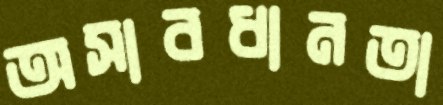
অসাবধানতা